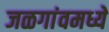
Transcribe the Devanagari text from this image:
जळगांवमध्ये